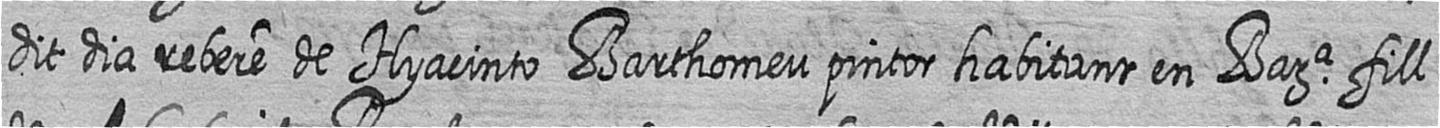
dit dia rebere de Hyacinto Barthomeu pintor habitant en Bara fill